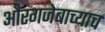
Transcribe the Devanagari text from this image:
औरंगजेबाच्याच